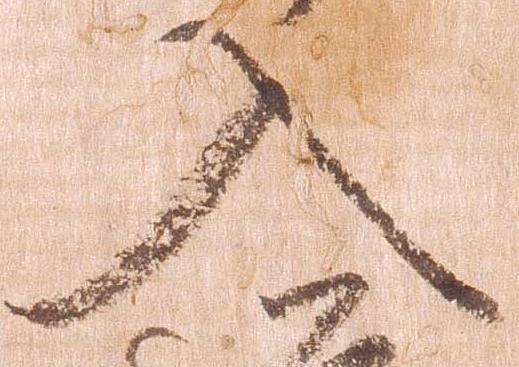
入